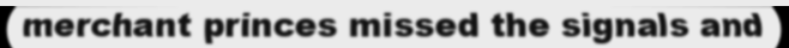
merchant princes missed the signals and